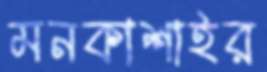
মনকাশাইর